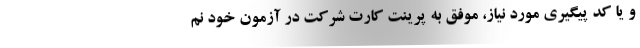
و یا کد پیگیری مورد نیاز، موفق به پرینت کارت شرکت در آزمون خود نم